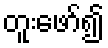
တူးဖော်၍